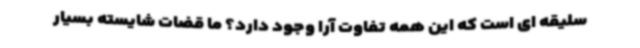
سلیقه ای است که این همه تفاوت آرا وجود دارد؟ ما قضات شایسته بسیار